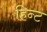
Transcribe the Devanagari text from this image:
हिन्ट